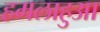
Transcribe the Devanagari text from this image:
हमलाहुआ